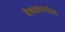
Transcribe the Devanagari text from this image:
देवळांमधील